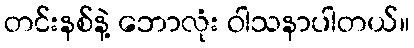
တင်းနစ်နဲ့ ဘောလုံး ဝါသနာပါတယ်။